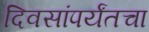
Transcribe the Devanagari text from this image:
दिवसांपर्यंतचा